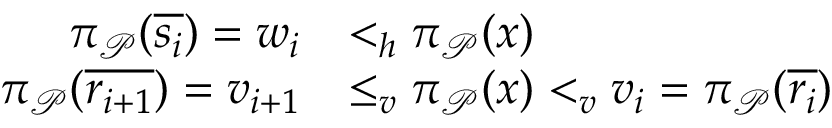
\begin{array} { r l } { \pi _ { \mathcal { P } } ( \overline { { s _ { i } } } ) = w _ { i } } & { < _ { h } \pi _ { \mathcal { P } } ( x ) } \\ { \pi _ { \mathcal { P } } ( \overline { { r _ { i + 1 } } } ) = v _ { i + 1 } } & { \leq _ { v } \pi _ { \mathcal { P } } ( x ) < _ { v } v _ { i } = \pi _ { \mathcal { P } } ( \overline { { r _ { i } } } ) } \end{array}